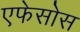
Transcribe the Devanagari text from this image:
एफेसोस